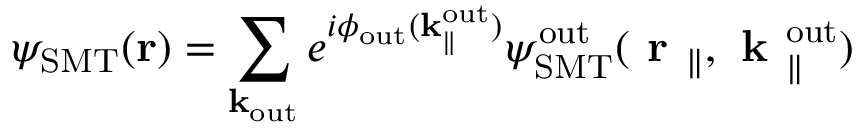
\psi _ { \mathrm { S M T } } ( { \bf r } ) = \sum _ { { \bf k } _ { \mathrm { o u t } } } e ^ { i \phi _ { \mathrm { o u t } } ( \bf k _ { \parallel } ^ { \mathrm { o u t } } ) } { \psi } _ { \mathrm { S M T } } ^ { \mathrm { o u t } } ( \textbf { r } _ { \parallel } , \textbf { k } _ { \parallel } ^ { \mathrm { o u t } } )